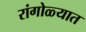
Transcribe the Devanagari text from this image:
रांगोळ्यात